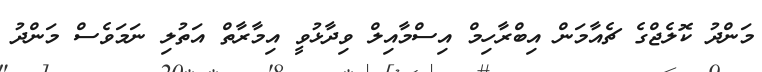
މަންދު ކޮލެޖްގެ ޗެއާމަން އިބްރާހިމް އިސްމާއިލް ވިދާޅުވީ އިމާރާތް އަތުލި ނަމަވެސް މަންދު